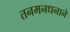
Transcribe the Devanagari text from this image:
तनमनधनाने